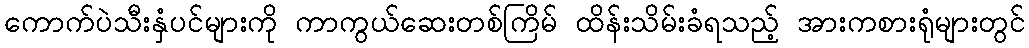
ကောက်ပဲသီးနှံပင်များကို ကာကွယ်ဆေးတစ်ကြိမ် ထိန်းသိမ်းခံရသည့် အားကစားရုံများတွင်